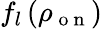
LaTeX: f_{l}\left(\rho_{\mathrm{~o~n~}}\right)